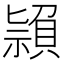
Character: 𥛤